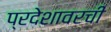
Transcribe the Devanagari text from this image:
प्रदेशावरची